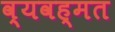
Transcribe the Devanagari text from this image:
व्यवह्मत